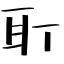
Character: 耵